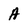
Character: A